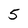
Character: 5